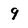
Character: 9